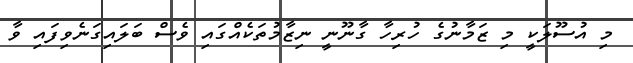
މި އުސޫލަކީ މި ޒަމާނުގެ ހުރިހާ ގާނޫނީ ނިޒާމުތަކެއްގައި ވެސް ބަލައިގަނެވިފައި ވާ